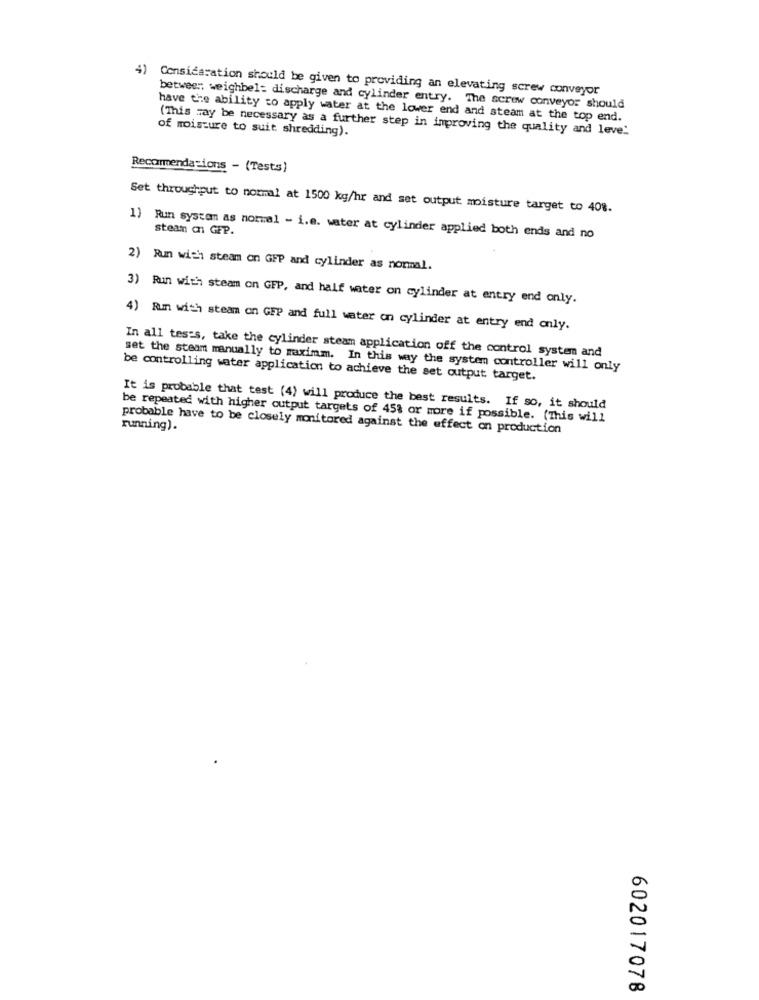
4) Consideration should be given to providing an elevating screw conveyor
between; weighbel: discharge and cylinder entry. The screw conveyor should
have the ability to apply water at the lower end and steam at the top end.
of moisture to suit shredding).
(This may be necessary as a further step in improving the quality and leve:
Recommendations - (Tests)
Set throughput to normal at 1500 kg/hr and set output moisture target to 408.
steam c GFP.
1) Run system as normal - i.e. water at cylinder applied both ends and no
2) Run with steam on GFP and cylinder as normal.
3) Run with steam on GFP, and half water on cylinder at entry end only.
4) Rum with steam on GFP and full water on cylinder at entry end only.
In all tes:s, take the cylinder steam application off the control system and
set the steam manually to maximm. In this way the system controller will only
be controlling water application to achieve the set output target.
It is probable that test (4) will produce the best results. If so, it should
be repeated with higher output targets of 45% or more if possible. (This will
probable have to be closely monitored against the effect on production
running).
602017078